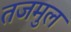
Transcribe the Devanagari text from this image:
तजमुल